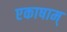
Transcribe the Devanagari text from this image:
एकाषाम्